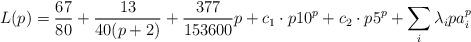
LaTeX: \begin{align*}L(p) = \frac{67}{80}+\frac{13}{40(p+2)} + \frac{377}{153600}p + c_1\cdot p10^p + c_2\cdot p5^p + \sum_i \lambda_i pa_i^p\end{align*}